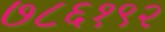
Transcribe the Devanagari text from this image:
७८६१९२